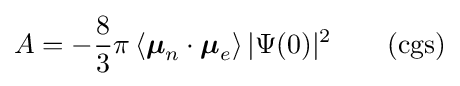
A=-{\frac {8}{3}}\pi \left\langle {\boldsymbol {\mu }}_{n}\cdot {\boldsymbol {\mu }}_{e}\right\rangle |\Psi (0)|^{2}\qquad {\mbox{(cgs)}}